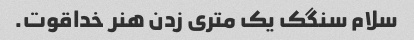
سلام سنگک یک متری زدن هنر خداقوت.